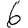
Digit: 6